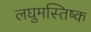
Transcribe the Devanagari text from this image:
लघुमस्तिष्क